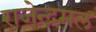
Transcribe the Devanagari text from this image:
राजेन्द्रमल